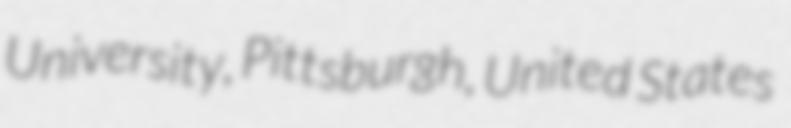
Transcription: University, Pittsburgh, United States